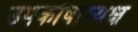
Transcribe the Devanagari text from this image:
उपकोषाध्यक्ष